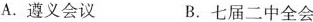
A.遵义会议 B.七届二中全会